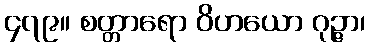
၄၇၉။ စတ္တာရော ဝိဟယော ဂုဉ္ဇာ၊